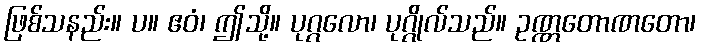
ဖြစ်သနည်း။ ပ။ ဧဝံ၊ ဤသို့။ ပုဂ္ဂလော၊ ပုဂ္ဂိုလ်သည်။ ဥဏ္ဏတောဏတော၊